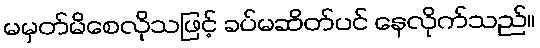
မမှတ်မိစေလိုသဖြင့် ခပ်မဆိတ်ပင် နေလိုက်သည်။